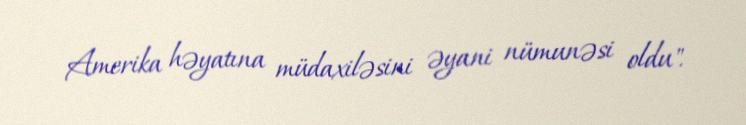
Amerika həyatına müdaxiləsini əyani nümunəsi oldu".